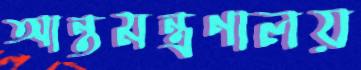
আন্তমন্ত্রণালয়